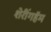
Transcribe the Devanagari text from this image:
शेरींगहॅम